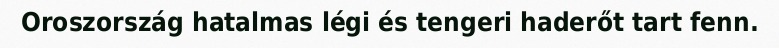
Oroszország hatalmas légi és tengeri haderőt tart fenn.